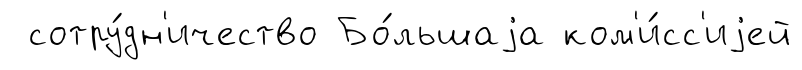
сотру́дн'ичество Бо́льшаjа ком'и́сс'иjей